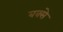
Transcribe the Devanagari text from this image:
बक्‍से